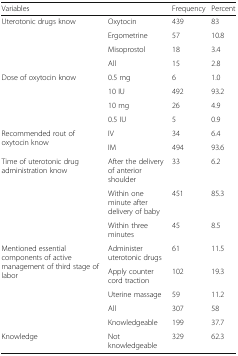
<table><thead><tr><td><b>Variables</b></td><td></td><td><b>Frequency</b></td><td><b>Percent</b></td></tr></thead><tbody><tr><td rowspan="4">Uterotonic drugs know</td><td>Oxytocin</td><td>439</td><td>83</td></tr><tr><td>Ergometrine</td><td>57</td><td>10.8</td></tr><tr><td>Misoprostol</td><td>18</td><td>3.4</td></tr><tr><td>All</td><td>15</td><td>2.8</td></tr><tr><td rowspan="4">Dose of oxytocin know</td><td>0.5 mg</td><td>6</td><td>1.0</td></tr><tr><td>10 IU</td><td>492</td><td>93.2</td></tr><tr><td>10 mg</td><td>26</td><td>4.9</td></tr><tr><td>0.5 IU</td><td>5</td><td>0.9</td></tr><tr><td rowspan="2">Recommended rout of oxytocin know</td><td>IV</td><td>34</td><td>6.4</td></tr><tr><td>IM</td><td>494</td><td>93.6</td></tr><tr><td rowspan="3">Time of uterotonic drug administration know</td><td>After the delivery of anterior shoulder</td><td>33</td><td>6.2</td></tr><tr><td>Within one minute after delivery of baby</td><td>451</td><td>85.3</td></tr><tr><td>Within three minutes</td><td>45</td><td>8.5</td></tr><tr><td rowspan="4">Mentioned essential components of active management of third stage of labor</td><td>Administer uterotonic drugs</td><td>61</td><td>11.5</td></tr><tr><td>Apply counter cord traction</td><td>102</td><td>19.3</td></tr><tr><td>Uterine massage</td><td>59</td><td>11.2</td></tr><tr><td>All</td><td>307</td><td>58</td></tr><tr><td></td><td>Knowledgeable</td><td>199</td><td>37.7</td></tr><tr><td>Knowledge</td><td>Not knowledgeable</td><td>329</td><td>62.3</td></tr></tbody></table>